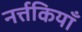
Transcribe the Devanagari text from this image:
नर्त्तकियाँ